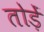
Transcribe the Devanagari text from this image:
तोड़ें